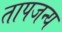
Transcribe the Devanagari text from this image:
तापजन्य